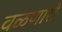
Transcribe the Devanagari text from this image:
वळणारी